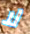
لا